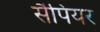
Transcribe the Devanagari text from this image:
सैपियर